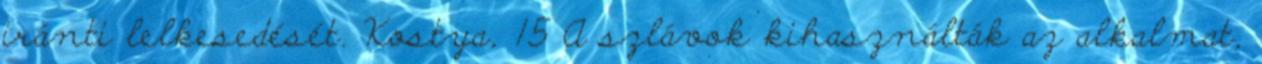
iránti lelkesedését. Kostya, 15 A szlávok kihasználták az alkalmat,